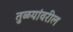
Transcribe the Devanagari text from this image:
तुळयांवरील